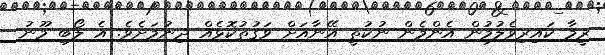
ރީމާ ކައިރިވެލުމުން އެންމެން ނުކުތީ އޭނާއަށް ވަގުތުކޮޅެއް ދިނުމަށެވެ. އެ ލޯބި މޫނު